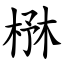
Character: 㮊